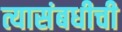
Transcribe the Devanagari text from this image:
त्यासंबधीची